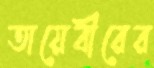
তায়েবীরের